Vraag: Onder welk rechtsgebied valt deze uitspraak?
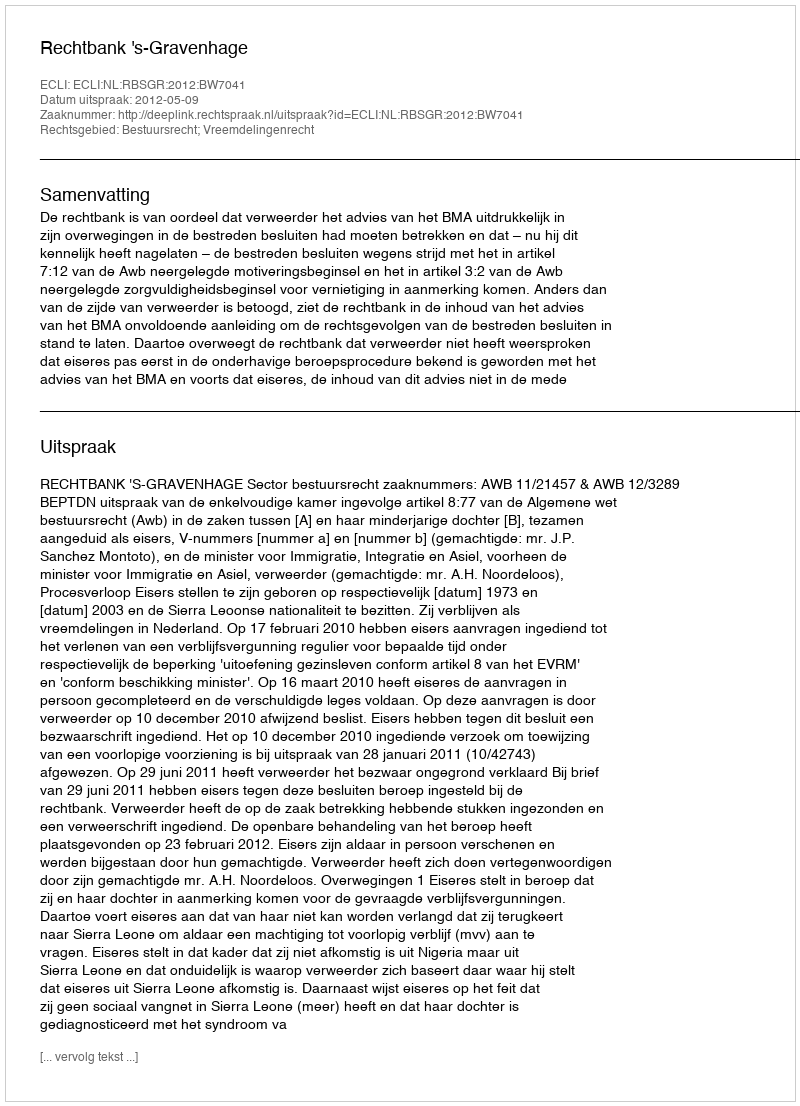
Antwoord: Bestuursrecht; Vreemdelingenrecht